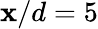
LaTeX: \mathbf{x}/d=5